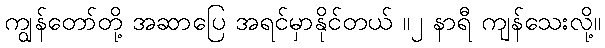
ကျွန်တော်တို့ အဆာပြေ အရင်မှာနိုင်တယ် ။၂ နာရီ ကျန်သေးလို့။